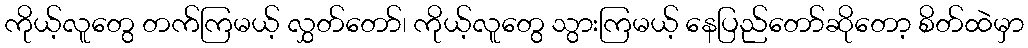
ကိုယ့်လူတွေ တက်ကြမယ့် လွှတ်တော်၊ ကိုယ့်လူတွေ သွားကြမယ့် နေပြည်တော်ဆိုတော့ စိတ်ထဲမှာ